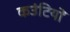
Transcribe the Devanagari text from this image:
कउंटियों